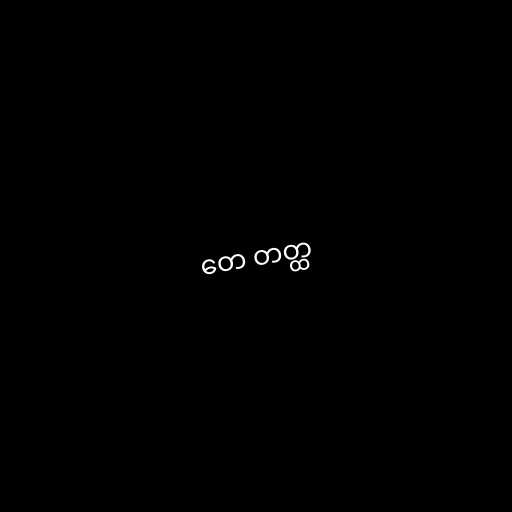
တေ တတ္ထ